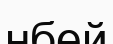
нбей